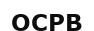
ОСРВ